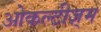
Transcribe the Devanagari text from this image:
ओकल्टीज़्म